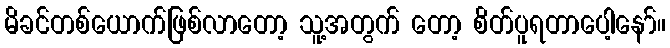
မိခင်တစ်ယောက်ဖြစ်လာတော့ သူ့အတွက် တော့ စိတ်ပူရတာပေါ့နော်။